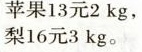
苹果13元2kg，梨16元3kg。